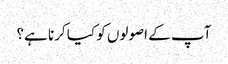
آپ کے اصولوں کو کیا کرنا ہے؟